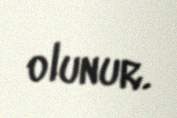
olunur.